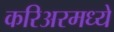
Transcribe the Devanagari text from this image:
करिअरमध्ये